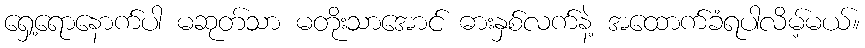
ရှေ့ရောနောက်ပါ မဆုတ်သာ မတိုးသာအောင် ဓားနှစ်လက်နဲ့ အထောက်ခံရပါလိမ့်မယ်။